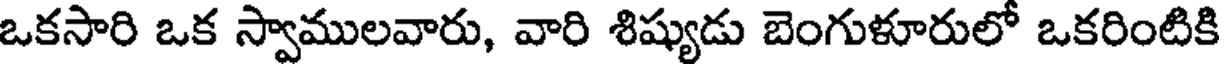
ఒకసారి ఒక స్వాములవారు, వారి శిష్యుడు బెంగుళూరులో ఒకరింటికి